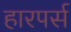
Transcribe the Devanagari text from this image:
हारपर्स